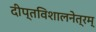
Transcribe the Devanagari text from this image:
दीप्तविशालनेत्रम्